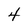
Character: 4